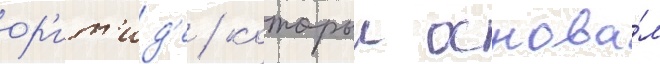
ор'ит'ид'е / которыи основа́л